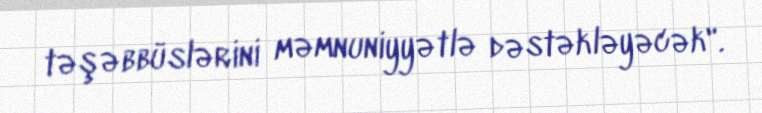
təşəbbüslərini məmnuniyyətlə dəstəkləyəcək".